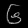
Digit: ၆